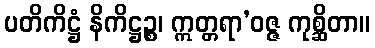
ပတိကိဋ္ဌံ နိကိဋ္ဌဉ္စ၊ ဣတ္တရာ’ဝဇ္ဇ ကုစ္ဆိတာ။